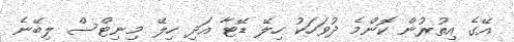
އޭގެ އިތުރުން ކޮންމެ ދުވަހަކު ހިލޭ ޑޭޓާ އަދި ހިލޭ މިނިޓްސް ލިބޭނެ